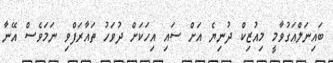
ބައިނަލްއަގުވާމީ މިއުޒިކް ދުނިޔެ އަށް ސައި އިހަކަށް ދުވަހު ތައާރަފްވި ނަމަވެސް އޭނާ